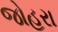
જોહરા